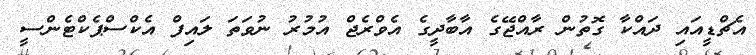
އެޗްޑީއައި ދައްކާ ގޮތުން ރާއްޖޭގެ އާބާދީގެ އެވްރެޖް އުމުރު ނުވަތަ ލައިފް އެކްސްޕެކްޓެންސީ